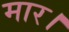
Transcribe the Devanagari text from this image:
मार।